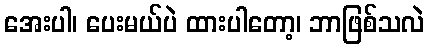
အေးပါ၊ ပေးမယ်ပဲ ထားပါတော့၊ ဘာဖြစ်သလဲ